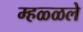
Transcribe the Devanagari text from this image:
म्हळ्ळले